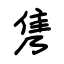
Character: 隽